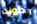
كونت